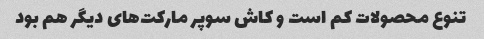
تنوع محصولات کم است و کاش سوپر مارکت‌های دیگر هم بود